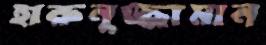
হারুনুজ্জামান